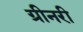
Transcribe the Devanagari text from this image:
ग्रीनरी